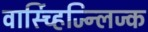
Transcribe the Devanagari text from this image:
वार्स्च्हिज्न्लिज्क